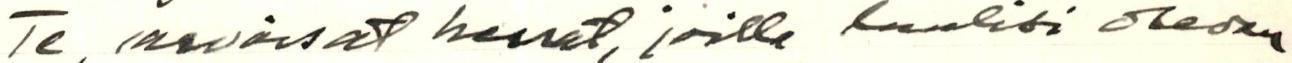
Te, arvoisat herrat, joilla luulisi olevan